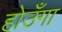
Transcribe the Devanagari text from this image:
होउँगा